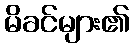
မိခင်များ၏